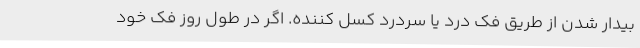
بیدار شدن از طریق فک درد یا سردرد کسل کننده. اگر در طول روز فک خود